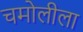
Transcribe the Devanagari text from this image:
चमोलीला